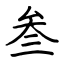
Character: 叁